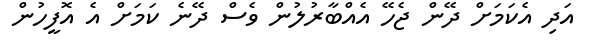
އަދި އެކަމަށް ދޭން ޖެހޭ އެއްބާރުލުން ވެސް ދޭނެ ކަމަށް އެ އޮފީހުން